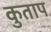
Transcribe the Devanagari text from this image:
कुताप